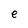
Character: e